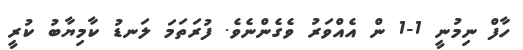
ހާފް ނިމުނީ 1-1 ން އެއްވަރު ވެގެންނެވެ. ފުރަތަމަ ލަނޑު ކާމިޔާބު ކުރީ